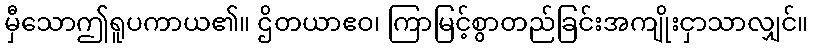
မှီသောဤရူပကာယ၏။ ဌိတယာဧဝ၊ ကြာမြင့်စွာတည်ခြင်းအကျိုးငှာသာလျှင်။